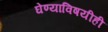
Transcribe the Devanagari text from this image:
घेण्याविषयीही